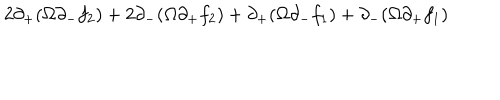
2 \partial _ { + } ( \Omega \partial _ { - } f _ { 2 } ) + 2 \partial _ { - } ( \Omega \partial _ { + } f _ { 2 } ) + \partial _ { + } ( \Omega \partial _ { - } f _ { 1 } ) + \partial _ { - } ( \Omega \partial _ { + } f _ { 1 } )